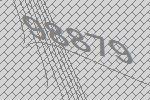
98879